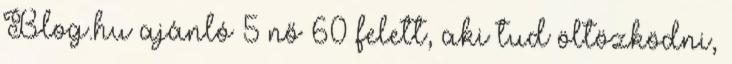
Blog.hu ajánló 5 nő 60 felett, aki tud öltözködni,